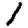
Digit: 1